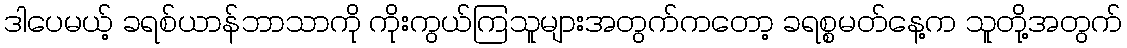
ဒါပေမယ့် ခရစ်ယာန်ဘာသာကို ကိုးကွယ်ကြသူများအတွက်ကတော့ ခရစ္စမတ်နေ့က သူတို့အတွက်